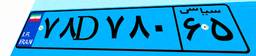
۷۸D۷۸۰۶۵